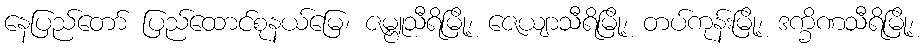
နေပြည်တော် ပြည်ထောင်စုနယ်မြေ၊ ဇမ္ဗူသီရိမြို့၊ ဇေယျာသီရိမြို့၊ တပ်ကုန်းမြို့၊ ဒက္ခိဏသီရိမြို့၊